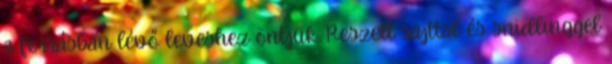
a forrásban lévő leveshez öntjük. Reszelt sajttal és snidlinggel